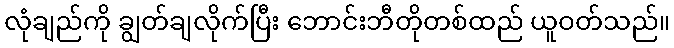
လုံချည်ကို ချွတ်ချလိုက်ပြီး ဘောင်းဘီတိုတစ်ထည် ယူဝတ်သည်။